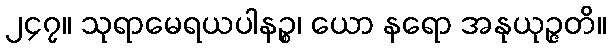
၂၄၇။ သုရာမေရယပါနဉ္စ၊ ယော နရော အနုယုဉ္ဇတိ။